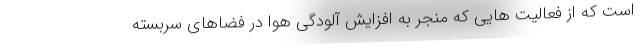
است که از فعالیت هایی که منجر به افزایش آلودگی هوا در فضاهای سربسته